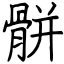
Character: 骿